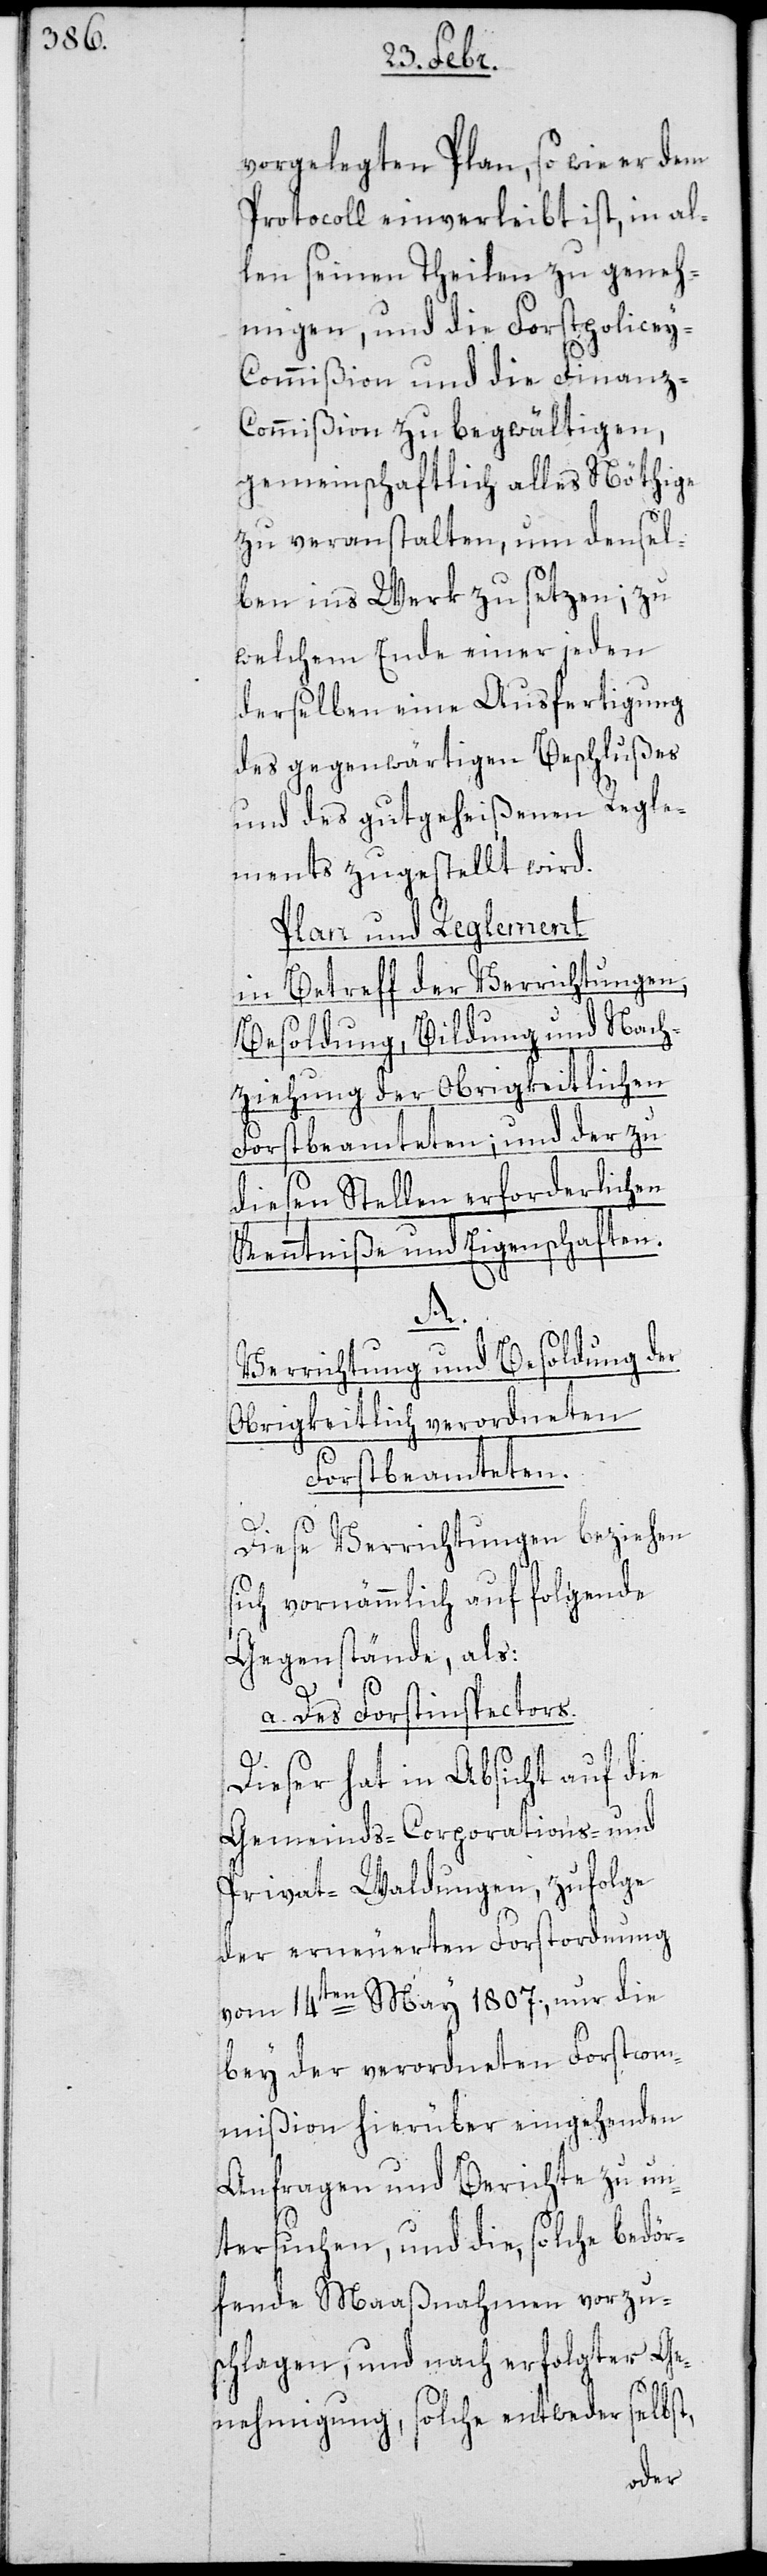
vorgelegten Plan, so wie er dem
Protocoll einverleibt ist, in al¬
len seinen Theilen zu geneh¬
migen, und die Forstpolice¬
y-Commißion und die Finanz-C¬
ommißion zu begwältigen,
gemeinschaftlich alles Nöthige
zu veranstalten, um densel¬
ben ins Werk zu setzen; zu
welchem Ende einer jeden
derselben eine Ausfertigung
des gegenwärtigen Beschlußes
und des gut geheißenen Regle¬
ments zugestellt wird.
Plan und Reglement
in Betreff der Verrichtungen,
Besoldung, Bildung und Nach¬
ziehung der Obrigkeitlichen
Forstbeamteten; und der zu
diesen Stellen erforderlichen
Kenntniße und Eigenschaften.
A.
Verrichtung und Besoldung der
Obrigkeitlich verordneten
Forstbeamteten.
Diese Verrichtungen beziehen
sich vornämmlich auf folgende
Gegenstände, als:
a. Des Forstinspectors.
Dieser hat in Absicht auf die
Gemeinds-[,] Corporations- und
Privat-Waldungen, zufolge
der erneuerten Forstordnung
vom 14ten May 1807, nur die
bey der verordneten Forstcom¬
mißion hierüber eingehenden
Anfragen und Berichte zu un¬
tersuchen, und die, solche bedör¬
fende Maaßnahmen vorzu¬
schlagen, und nach erfolgter Ge¬
nehmigung, solche entweder selbst,